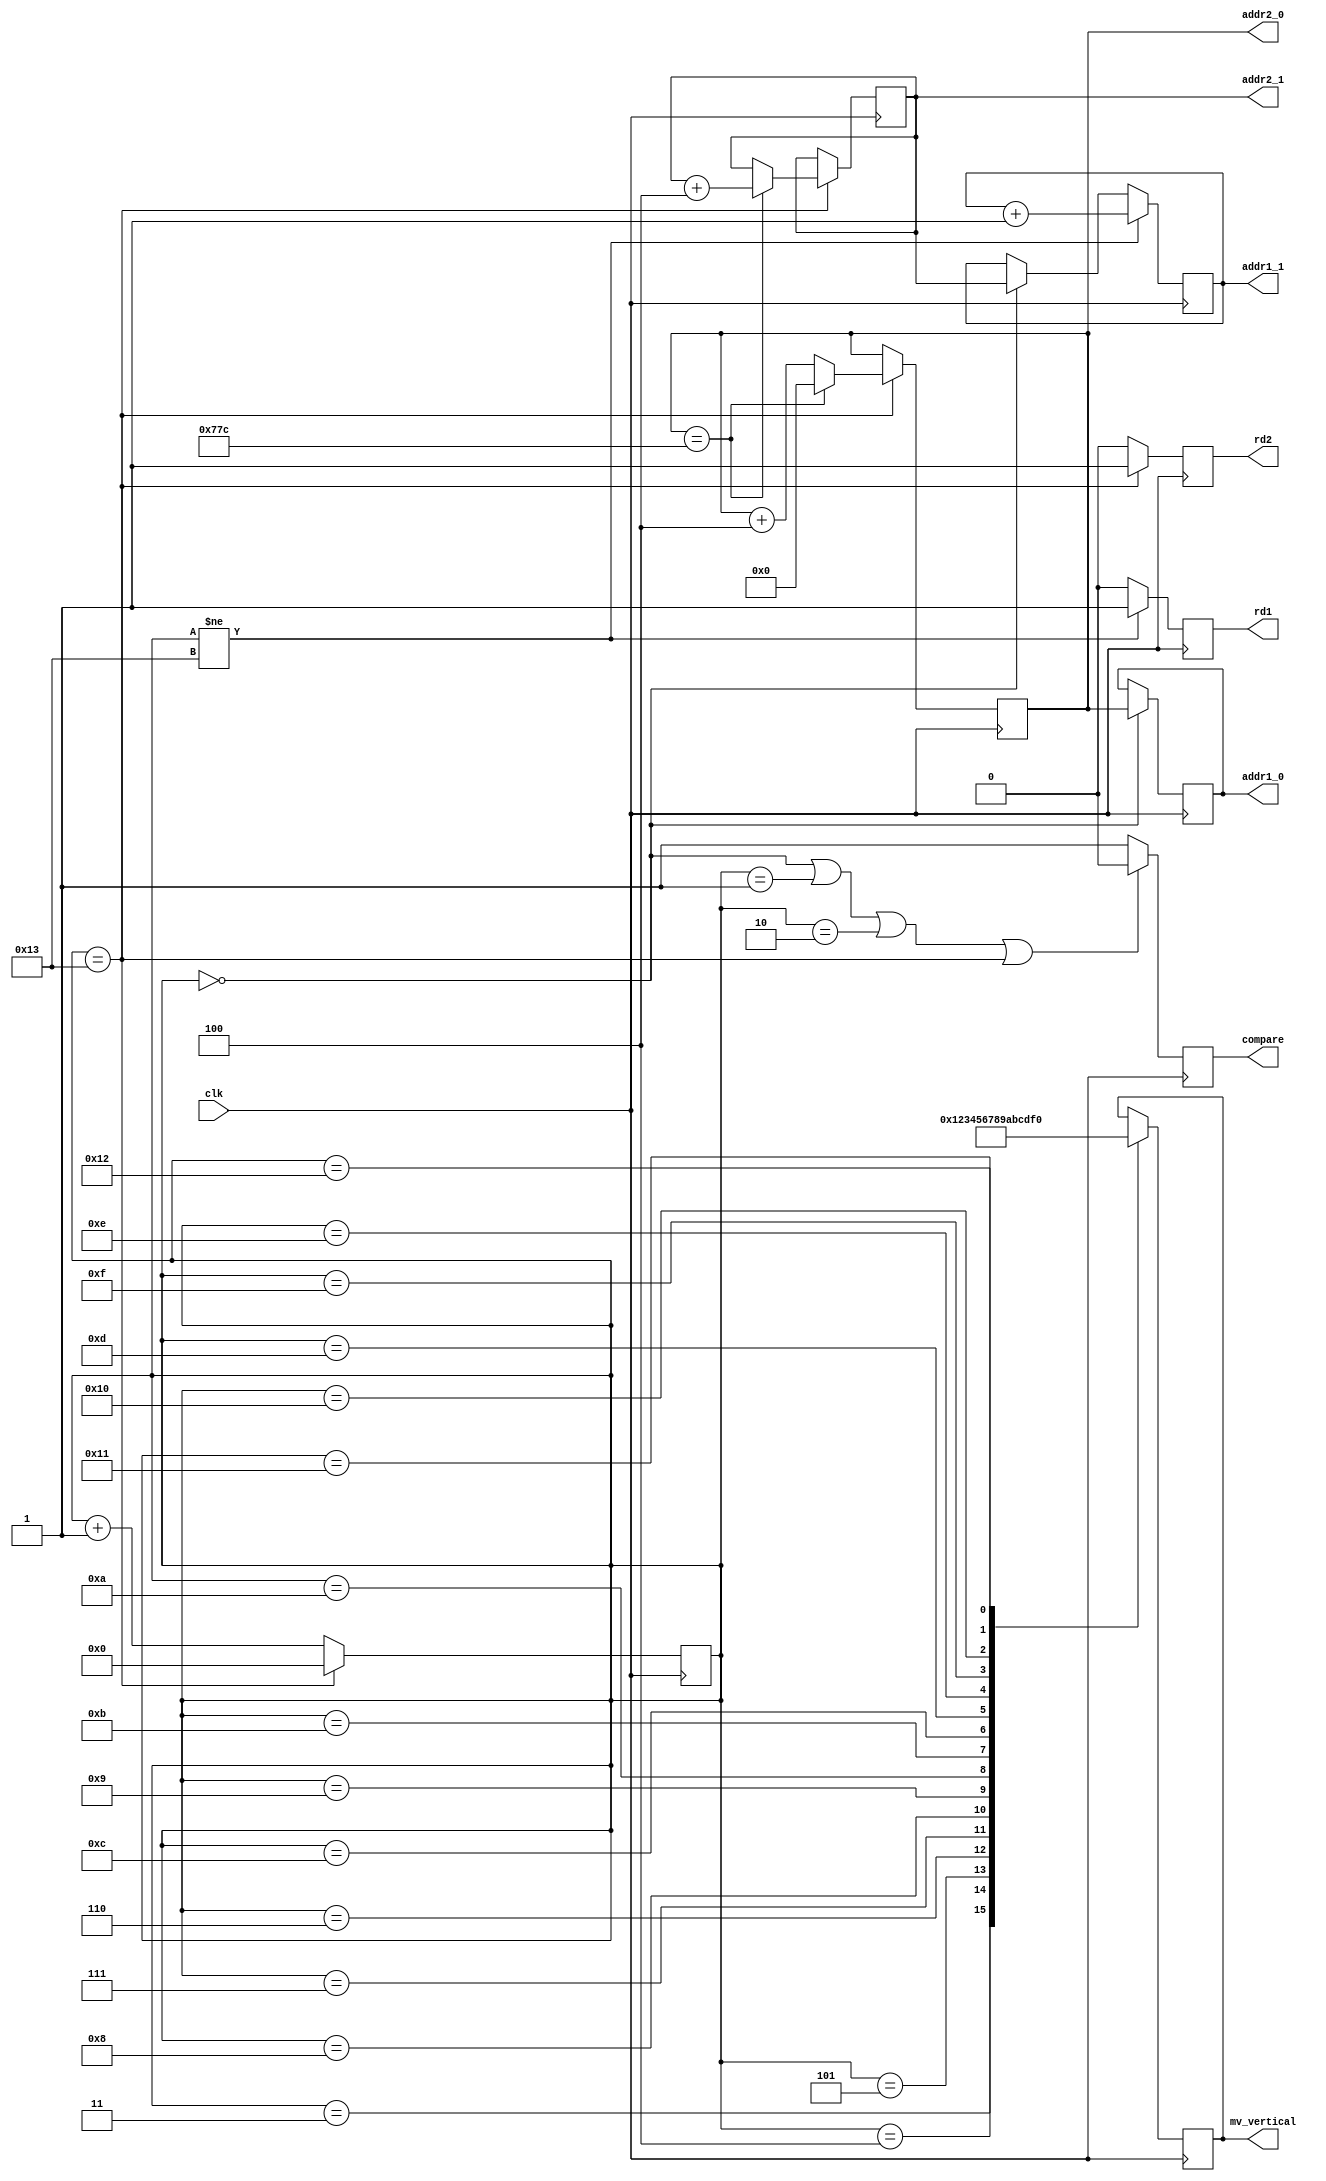
module ctl(
	input wire clk,
	output 	reg	rd1,rd2,
	output	reg	[10:0]	addr1_0, addr1_1,//1920+16.1080+16
	output	reg	[10:0]	addr2_0, addr2_1,//1920,1080
	//output	reg	[3:0]	mv_horizontal,
	output	reg	[3:0]	mv_vertical,
	output	reg	compare
	);
	//counter
	//reg [11:0]cnt;
	reg	[4:0] cnt_inloop;
	//addr generator
	/*always @(posedge clk) begin//
		if (cnt=1920) begin
			cnt<=0;
			addr1_1<=addr1_1+1;//
			addr1_0<=0;//
		end
		else  begin
			cnt+=1;
		end
	end */

	always @(posedge clk) begin
		if (cnt_inloop==19) begin//20rdalways
			cnt_inloop<=0;
			if (addr2_0==1916) begin
				addr2_0<=0;	
				addr2_1<=addr2_1+4;//
				//
				//addr1_0<=0;
				//addr1_1<=addr2_1+4;
			end
			else begin
				addr2_0<=addr2_0+4;//
				//addr1_0<=addr2_0+4;//
				//addr1_1<=addr2_1;
			end			
		end
		else  begin
			cnt_inloop<=cnt_inloop+1;
			//addr1_1<=addr1_1+1;
		end
	end


	always @(posedge clk) begin
		if (cnt_inloop==0) begin //???????
				addr1_0<=addr2_0;
				addr1_1<=addr2_1;			
		end
		if (cnt_inloop != 19) begin
			addr1_1<=addr1_1+1;
		end
	end




	always @(posedge clk ) begin
		if (cnt_inloop==0 || cnt_inloop==1 || cnt_inloop==2 || cnt_inloop==19) begin
			compare<=0;
		end
		else begin
			compare<=1; //compare
		end
	end

	always @(posedge clk) begin
		case(cnt_inloop)
		0:;
		1:;
		2:;
		3:mv_vertical<=0;
		4:mv_vertical<=1;
		5:mv_vertical<=2;
		6:mv_vertical<=3;
		7:mv_vertical<=4;
		8:mv_vertical<=5;
		9:mv_vertical<=6;
		10:mv_vertical<=7;
		11:mv_vertical<=8;
		12:mv_vertical<=9;
		13:mv_vertical<=10;
		14:mv_vertical<=11;
		15:mv_vertical<=12;
		16:mv_vertical<=13;
		17:mv_vertical<=14;
		18:mv_vertical<=15;
		19:;
		endcase
	end


	always @(posedge clk) begin
		if (cnt_inloop==19) begin
			rd2<=1;
		end
		else begin
			rd2<=0;
		end
	end

	always @(posedge clk) begin
		if (cnt_inloop !=19) begin
			rd1<=1;
		end
		else begin
			rd1<=0;
		end
	end
	
	initial begin
		addr1_0<=0;
		addr1_1<=0;
		addr2_0<=0;
		addr2_1<=0;
		cnt_inloop<=0;
	end
endmodule